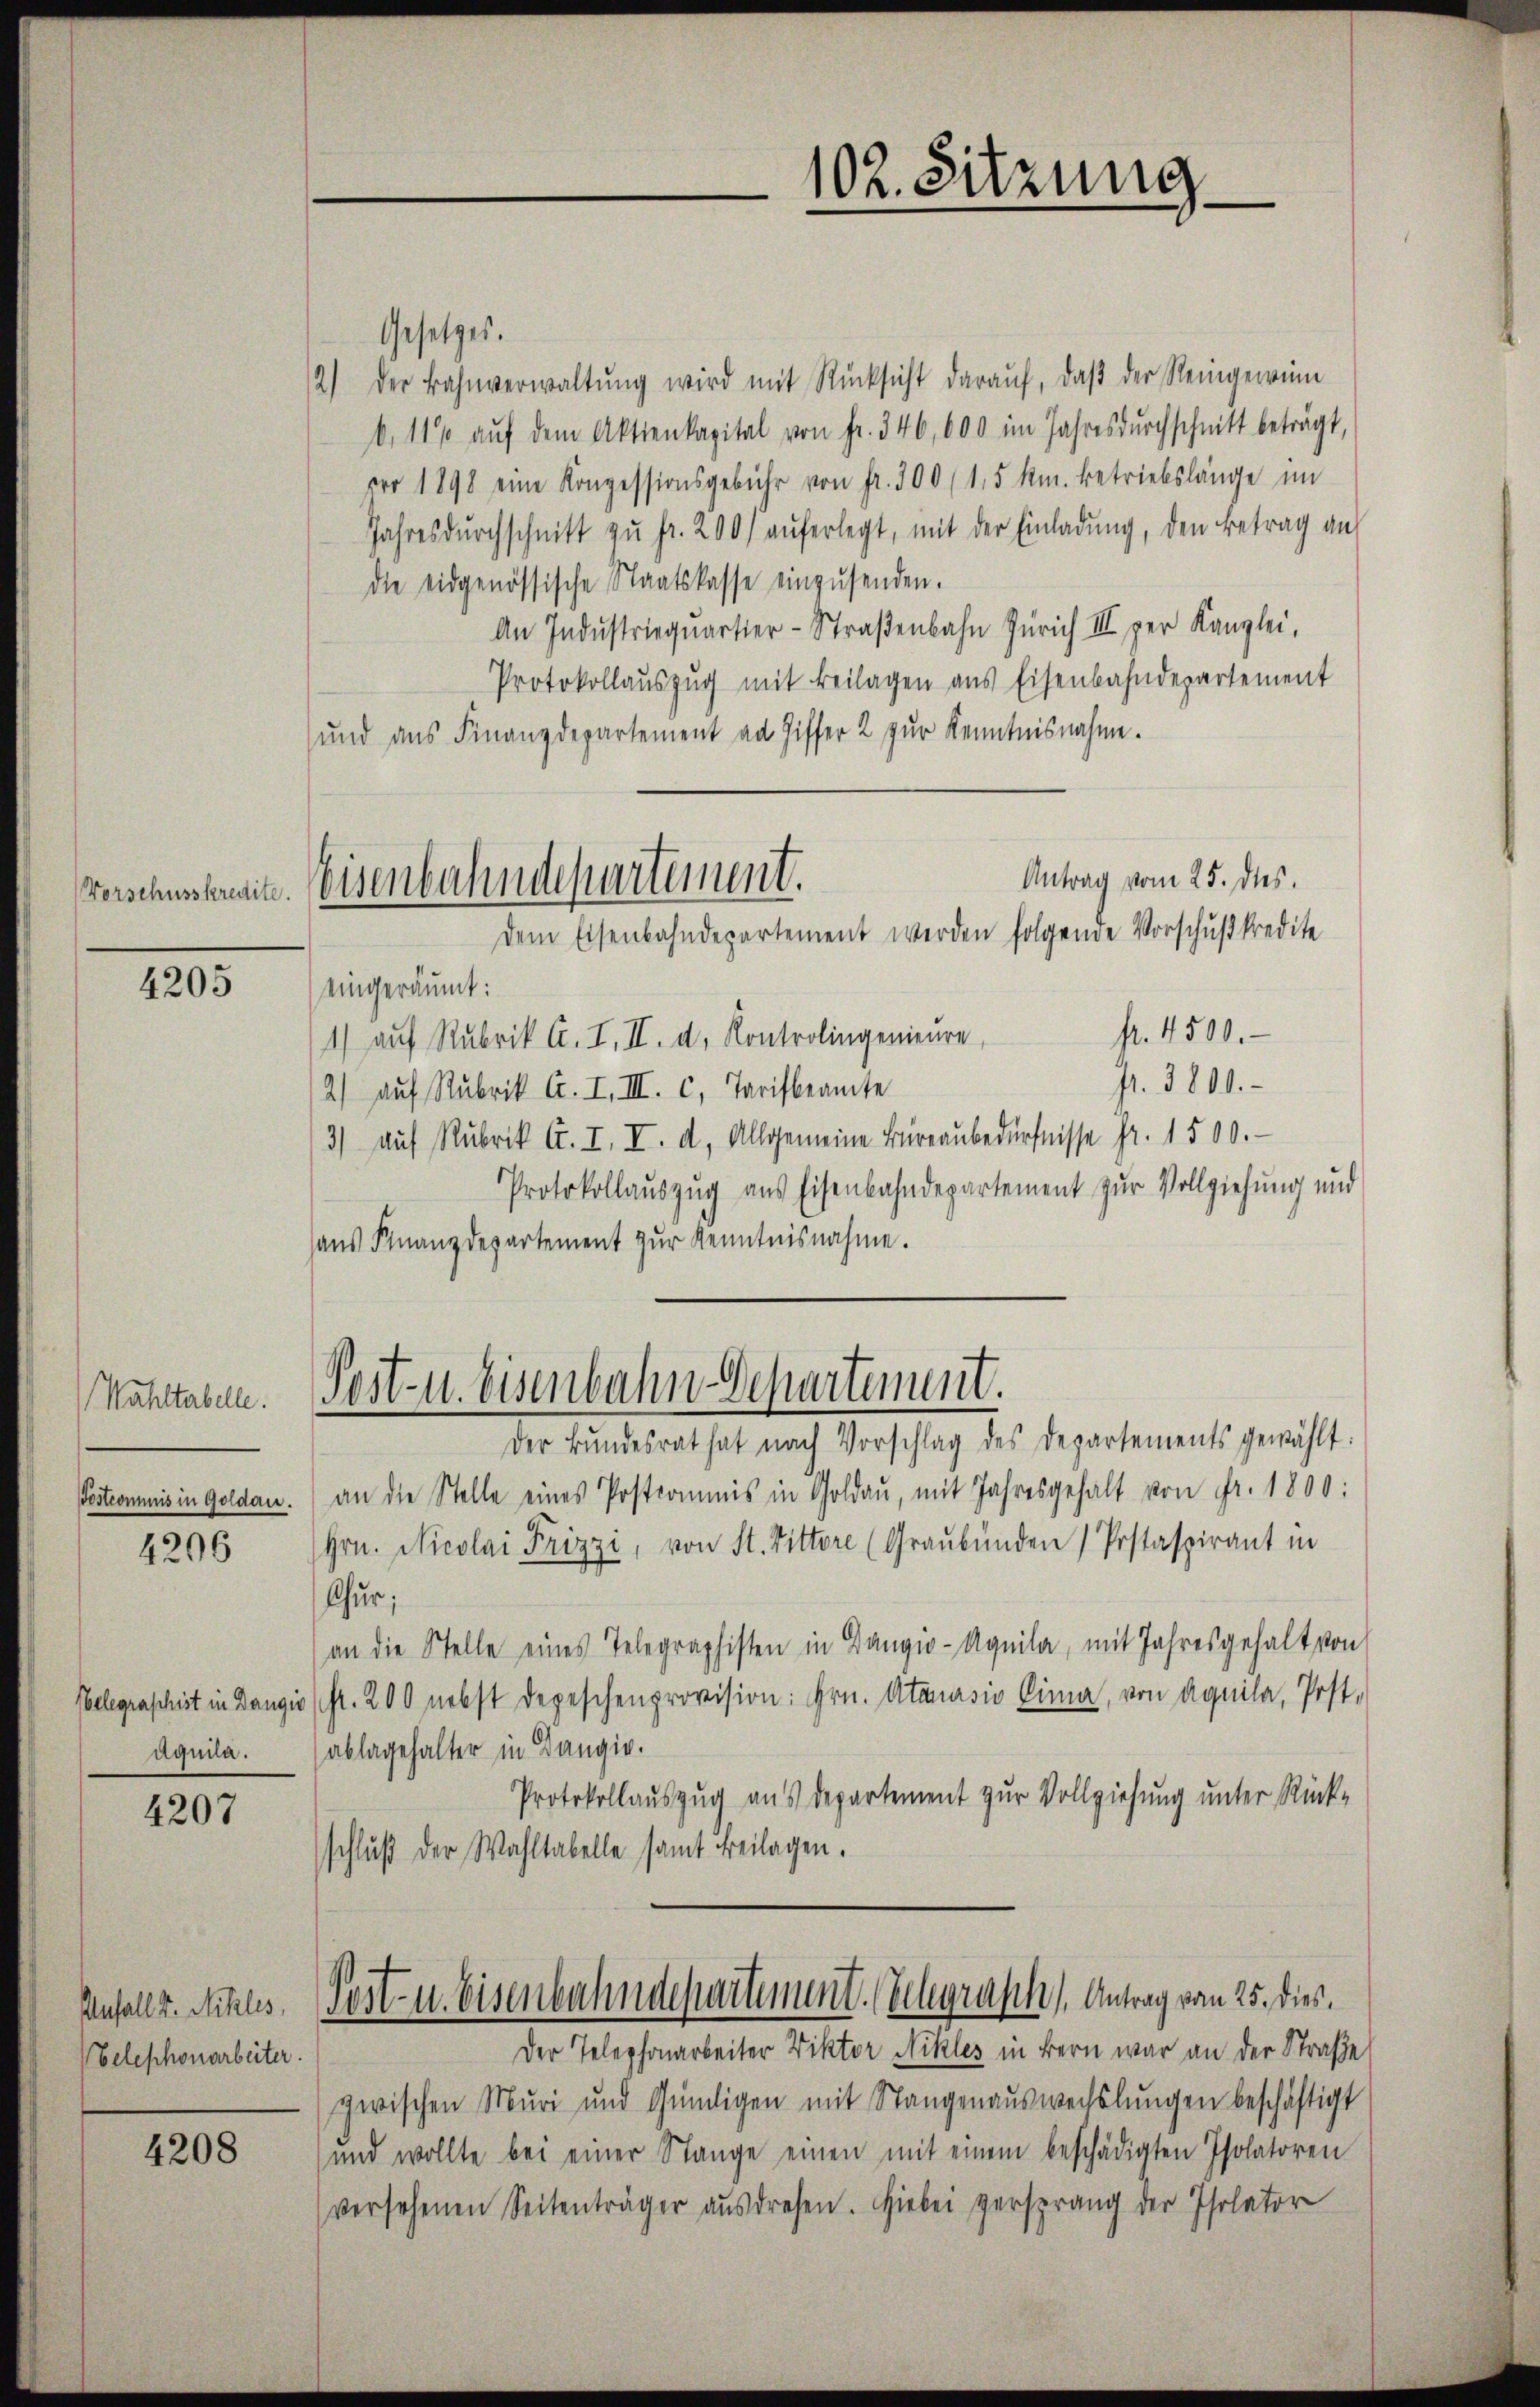
4205

Wahltabelle.
Sostrommnis in Goldau.

4206

belegraschist in Dangir
aquila.

4207

Unfall(...) Michles,
Telephonarbeiter.

4208

Post- u. Eisenbahn Departement.

Gesetzes.
2) Der Bahnverwaltŭng wird mit Rücksicht darauf, daß der Reingewinn
6, 11% aŭf dem Aktienkapital von fr. 346, 600 im Jahresdŭrchschnitt beträgt,
ero 1898 eine Konzessionsgebühr von fr. 300 (1,5 kr. betriebslänge im
Jahresdŭrchschnitt zŭ fr. 200 aŭferlegt, mit der Einladŭng, den Betrag an
die eidgenössische Staatskasse einzŭsenden.
An Industriequartier-Straβenbahn Zürich III per Kanzlei,
Protokollaŭszŭg mit Beilagen ans Eisenbahndepartement
und aus Finanzdepartement an Ziffer 2 zur Kenntnisnahme.
Antrag vom 25. des
verschusbreite. Weisenbahndepartement.
dem Eisenbahndepartement werden folgende Vorschußkredite
eingeräumt:
fr. 4500.
1) auf Rubrik A. I. II. d. Kontrolingenieure
fr. 3800.
2) auf Rubrik A. I. III. c. Tarifbeamte
3) auf Rubrik A. I. I. d. Allgemeine Büreaŭbedürfnisse Fr. 1500.
Protokollauszug aus Eisenbahndepartement zur Vollziehung und
hans Finanzdepartement zur Kenntnisnahme.

Der Bŭndesrat hat nach Vorschlag des Departements gewählt:
an die Stelle eines Postcommis in Goldaŭ, mit Jahresgehalt von Fr. 1800:
Hrn. Nicolai Frizzi, von St. Vittore (Graubünden / Postaspirant in
thur;
an die Stelle eines Telegraphisten in Bangio-Aquila, mit Jahresgehalt von
(fl. 200 nebst depeschenprovision: Hrn. Atanasio Dima, von Aquila, Post.
ablagehalter in Bangig.
Protokollauszug aus Departement zur Vollziehung unter Rück-
schluß der Wahltabelle samt Beilagen.
Post- u. Eisenbahndepartement. (Schgrasch), Antrag vom 25. dies
Der Telephonarbeiter Viktor Nikles in Bern war an der Straße
zwischen Muri und Gündigen mit Stangenauswechslungen beschäftigt
und wollte bei einer Stange einen mit einem beschädigten Isolatoren
versehenen Seitenträger aŭsdresen. Hiebei versprang der Isolator

102. Sitzung